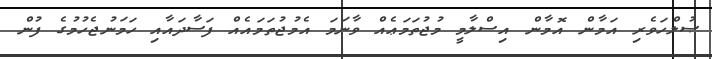
ޞުލްހަވެރި އަމާން އޮމާން އިސްލާމީ މުޖުތަމަޢެއް ވާނަމަ އެމުޖުތަމައެއް ފަސާދައާއި ހަމަނުޖެހުމުގެ ފުން